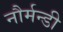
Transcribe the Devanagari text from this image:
नौर्मन्डी